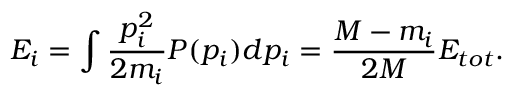
E _ { i } = \int \frac { p _ { i } ^ { 2 } } { 2 m _ { i } } P ( p _ { i } ) d p _ { i } = \frac { M - m _ { i } } { 2 M } E _ { t o t } .